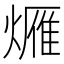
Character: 𤏚